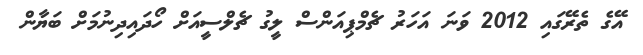
އޭގެ ތެރޭގައި 2012 ވަނަ އަހަރު ޗެމްޕިއަންސް ލީގު ޗެލްސީއަށް ހޯދައިދިނުމަށް ބަޔާން